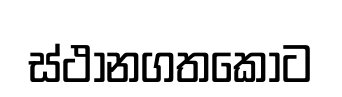
ස්ථානගතකොට